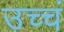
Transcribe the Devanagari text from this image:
उच्चं